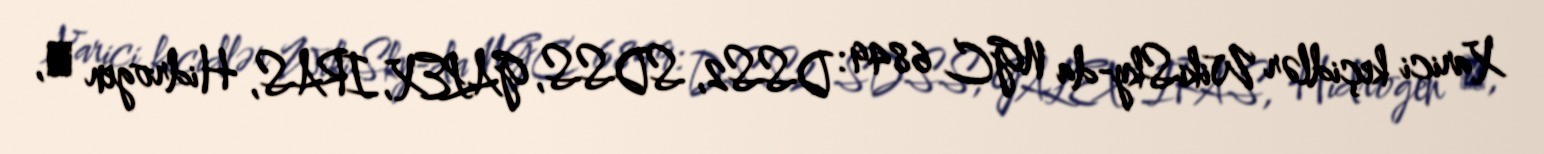
Xarici keçidlər WikiSky-da NGC 6849: DSS2, SDSS, GALEX, IRAS, Hidrogen α,